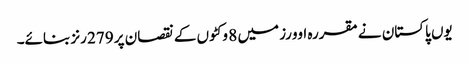
یوں پاکستان نے مقررہ اوورز میں 8 وکٹوں کے نقصان پر 279 رنز بنائے۔